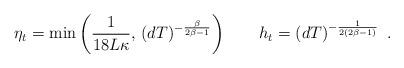
LaTeX: \begin{align*} \eta_t =\min\left(\frac{1}{18L\kappa},\, (dT)^{-\frac{\beta}{2\beta-1}}\right) \qquad h_{t} = (dT)^{-\frac{1}{2(2\beta-1)}}\enspace.\end{align*}